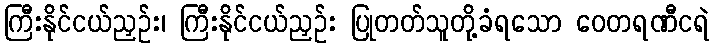
ကြီးနိုင်ငယ်ညှဉ်း၊ ကြီးနိုင်ငယ်ညှဉ်း ပြုတတ်သူတို့ခံရသော ဝေတရဏီငရဲ